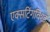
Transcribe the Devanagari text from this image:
एक्सटिंगविश्ड